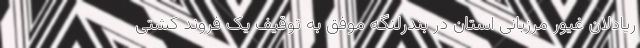
ریادلان غیور مرزبانی استان در بندرلنگه موفق به توقیف یک فروند کشتی